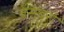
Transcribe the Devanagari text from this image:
बेसबरो